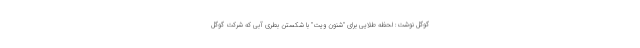
گوگل نوشت: لحظه طلایی برای "شنون ویت" با شکستن بطری آبی که شرکت گوگل